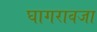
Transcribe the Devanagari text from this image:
घागरावजा